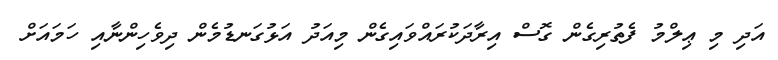
އަދި މި ޢިލްމު ފެތުރިގެން ގޮސް އިރާދަކުރައްވައިގެން މިއަދު އަޅުގަނޑުމެން ދިވެހިންނާއި ހަމައަށް